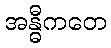
အန္ဓီကတေ